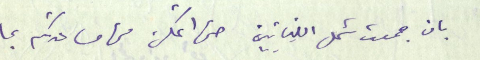
بان جمعت شمل اللبنانيين حتى اتمكن من مساعدتكم بما